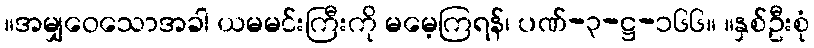
။အမျှဝေသောအခါ ယမမင်းကြီးကို မမေ့ကြရန်၊ ပဏ်-၃-ဋ္ဌ-၁၆၆။ ။နှစ်ဦးစုံ